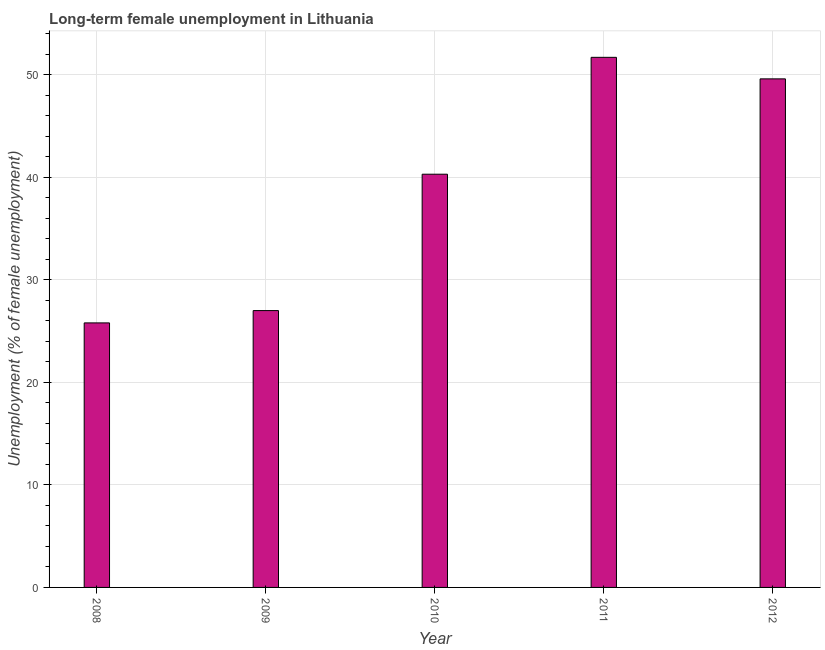
| Year | Long-term unemployment female |
 | --- | --- |
 | 2008 | 25.8 |
 | 2009 | 27 |
 | 2010 | 40.3 |
 | 2011 | 51.7 |
 | 2012 | 49.6 |